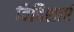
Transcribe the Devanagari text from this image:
विदिशाएं